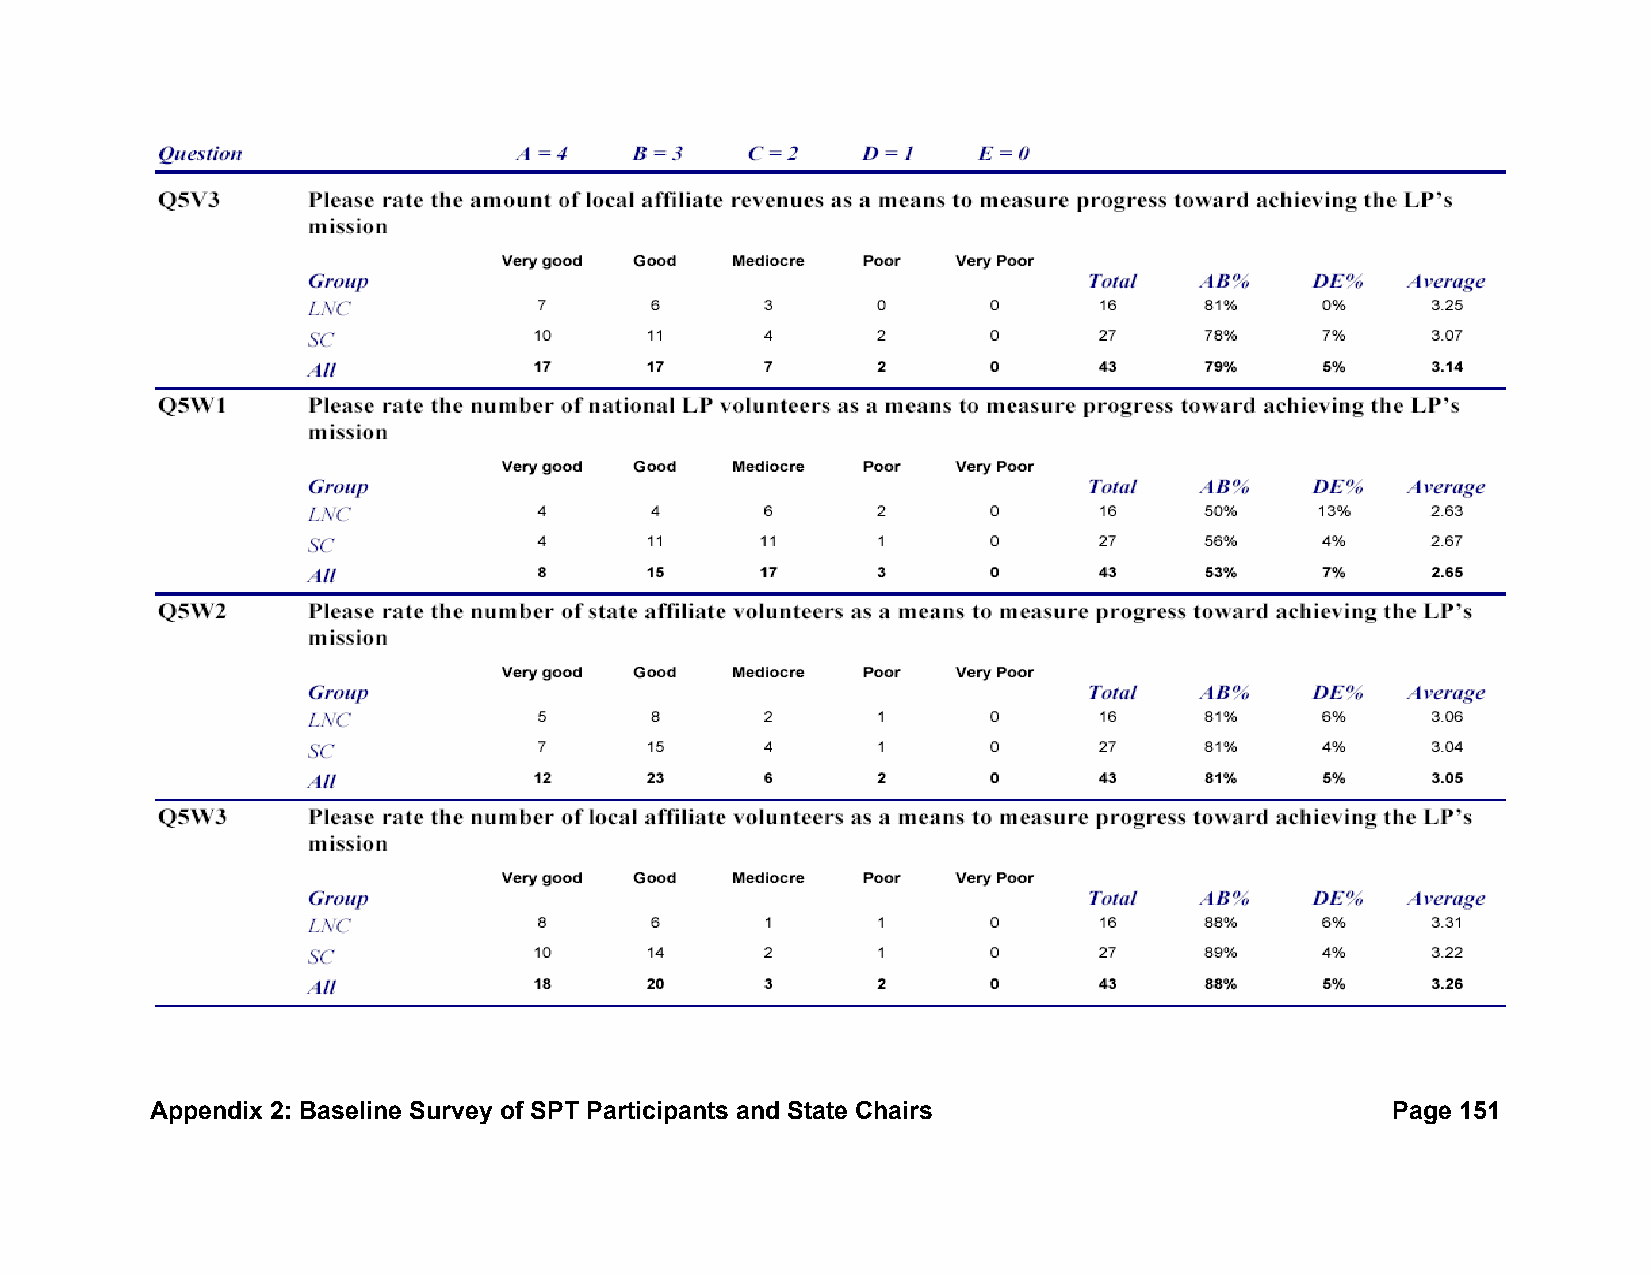
Appendix 2: Baseline Survey of SPT Participants and State Chairs                  Page 151